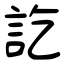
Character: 訖